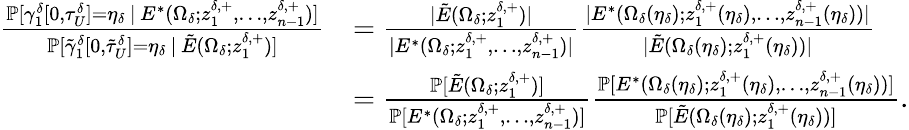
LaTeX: \begin{array}{rl}{\frac{\mathbb{P}[\gamma_{1}^{\delta}[0,\tau_{U}^{\delta}]=\eta_{\delta}\, |\, E^{*}(\Omega_{\delta};z_{1}^{\delta,+},\ldots,z_{n-1}^{\delta,+})]}{\mathbb{P}[\tilde{\gamma}_{1}^{\delta}[0,\tilde{\tau}_{U}^{\delta}]=\eta_{\delta}\, |\, \tilde{E}(\Omega_{\delta};z_{1}^{\delta,+})]}}&{=\frac{|\tilde{E}(\Omega_{\delta};z_{1}^{\delta,+})|}{|E^{*}(\Omega_{\delta};z_{1}^{\delta,+},\ldots,z_{n-1}^{\delta,+})|}\frac{|E^{*}(\Omega_{\delta}(\eta_{\delta});z_{1}^{\delta,+}(\eta_{\delta}),\ldots,z_{n-1}^{\delta,+}(\eta_{\delta}))|}{|\tilde{E}(\Omega_{\delta}(\eta_{\delta});z_{1}^{\delta,+}(\eta_{\delta}))|}}\\ &{=\frac{\mathbb{P}[\tilde{E}(\Omega_{\delta};z_{1}^{\delta,+})]}{\mathbb{P}[E^{*}(\Omega_{\delta};z_{1}^{\delta,+},\ldots,z_{n-1}^{\delta,+})]}\frac{\mathbb{P}[E^{*}(\Omega_{\delta}(\eta_{\delta});z_{1}^{\delta,+}(\eta_{\delta}),\ldots,z_{n-1}^{\delta,+}(\eta_{\delta}))]}{\mathbb{P}[\tilde{E}(\Omega_{\delta}(\eta_{\delta});z_{1}^{\delta,+}(\eta_{\delta}))]}.}\end{array}